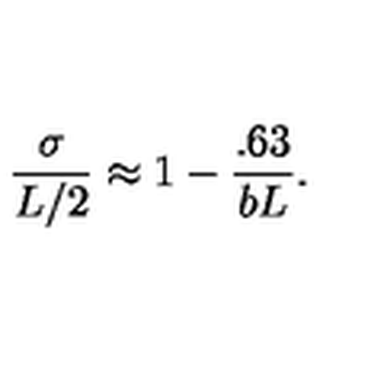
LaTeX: \frac { \sigma } { L / 2 } \approx 1 - \frac { . 6 3 } { b L } .